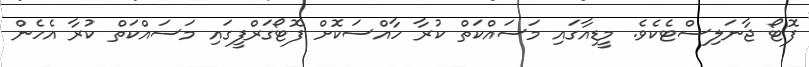
ފޮޓޯ ޖާނަލިސްޓެކެވެ. މީޑިއާގައި މަސައްކަތް ކުރާ ހާއްސަކޮށް ފޮޓޯގަރްފީގައި މަސައްކަތް ކުރާ އެހެން